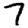
Digit: 7